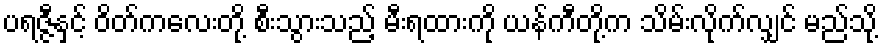
ပရဇ္ဇီနှင့် ဝိတ်ကလေးတို့ စီးသွားသည့် မီးရထားကို ယန်ကီတို့က သိမ်းလိုက်လျှင် မည်သို့